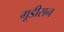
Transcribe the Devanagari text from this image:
गूडीसन